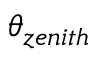
\theta _ { z e n i t h }